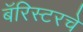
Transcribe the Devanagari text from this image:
बॅरिस्टरचे